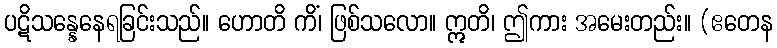
ပဋိသန္နေနေရခြင်းသည်။ ဟောတိ ကိံ၊ ဖြစ်သလော။ ဣတိ၊ ဤကား အမေးတည်း။ (ဧတေန